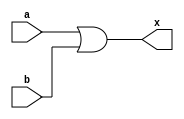
//MODULOS
module GOR2(a,b,x);
	input a,b;
	output x;

//ASIGNACIONES
assign x=a|b;
endmodule